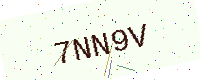
Text: 7NN9V